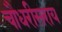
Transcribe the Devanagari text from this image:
चौधरीसराय